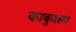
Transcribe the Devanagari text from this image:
काकुशथ